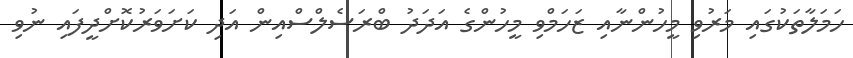
ހަމަލާތަކުގައި މަރުވި މީހުންނާއި ޒަހަމްވި މީހުންގެ އަދަދު ބްރަސެލްސްއިން އަދި ކަށަވަރުކޮށްދީފައި ނުވި